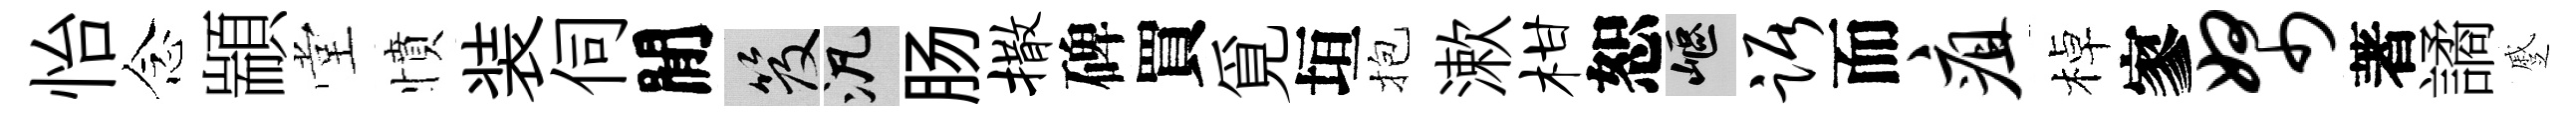
怡念顓堂憤装伺閒笈泛肠撒碑買覓垣抱漱柑恕嶇踞而疽棹寥帑著譎蹙